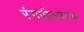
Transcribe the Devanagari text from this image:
रंगपीठावरचा